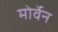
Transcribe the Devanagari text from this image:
मोर्वेन